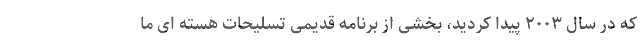
که در سال ۲۰۰۳ پیدا کردید، بخشی از برنامه قدیمی تسلیحات هسته ای ما